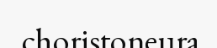
choristoneura